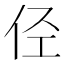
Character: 𠇹